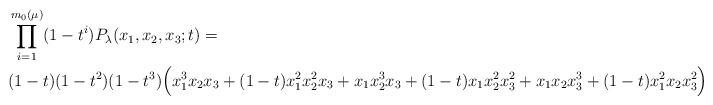
LaTeX: \begin{align*}&\prod_{i=1}^{m_0(\mu)} (1-t^i)P_{\lambda}(x_1,x_2,x_3;t)=\\&(1-t)(1-t^2)(1-t^3)\Big( x_1^3 x_2 x_3 + (1-t) x_1^2 x_2^2 x_3 + x_1 x_2^3 x_3 + (1-t) x_1 x_2^2 x_3^2 + x_1 x_2 x_3^3 + (1-t) x_1^2 x_2 x_3^2 \Big).\end{align*}